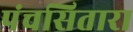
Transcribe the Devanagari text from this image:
पंचसितारा